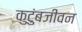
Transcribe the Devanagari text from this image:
कुटुंबजीवन